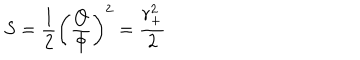
S = { \frac { 1 } { 2 } } \left( { \frac { Q } { \Phi } } \right) ^ { 2 } = { \frac { r _ { + } ^ { 2 } } { 2 } }